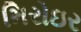
મિરોઇર